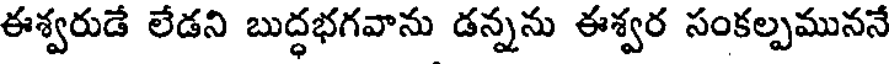
ఈశ్వరుడే లేడని బుద్ధభగవాను డన్నను ఈశ్వర సంకల్పముననే